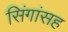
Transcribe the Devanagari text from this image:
सिंगांसह